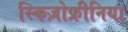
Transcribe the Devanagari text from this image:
स्किज़ोफ्रीनिया